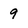
Character: 9